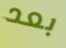
بعد